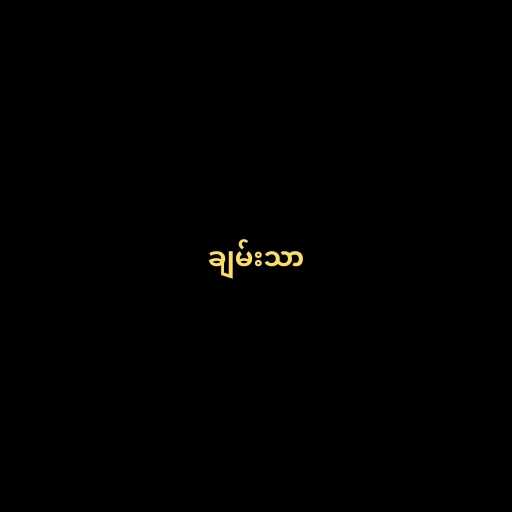
ချမ်းသာ